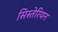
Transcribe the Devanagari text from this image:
सिस्तेरियन